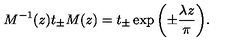
M ^ { - 1 } ( z ) t _ { \pm } M ( z ) = t _ { \pm } \exp { \left( \pm \frac { \lambda z } { \pi } \right) } .